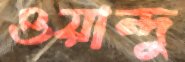
ওয়ান্দু